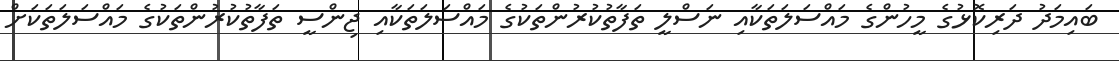
ބައިމަދު ދަރިކޮޅުގެ މީހުންގެ މައްސަލަތަކާއި ނަސްލީ ތަފާތުކުރުންތަކުގެ މައްސަލަތަކާއި ޖިންސީ ތަފާތުކުރުންތަކުގެ މައްސަލަތަކަށް